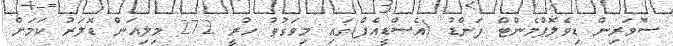
ސޮވަރިން ޑިވެލޮޕްމެންޓް ފަންޑު (އެސްޑީއެފް)ގައި މިވަގުތު ހުރީ 272 މިލިއަން ޑޮލަރު ކަމަށް